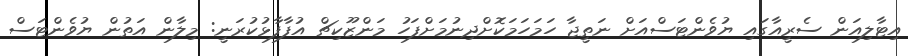
އިޓާލިއަން ސެރީއާގައި ޔުވެންޓަސްއަށް ނަތީޖާ ހަމަހަމަކޮށްދިނުމަށްފަހު މަންޒޫކިޗް އުފާފާޅުކުރަނީ: މިލާން އަތުން ޔުވެންޓަސް